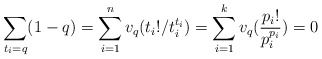
\begin{align*}\sum_{t_i=q} (1-q) = \sum_{i=1}^n v_q(t_i!/t_i^{t_i}) = \sum_{i=1}^k v_q(\frac{p_i!}{p_i^{p_i}}) = 0\end{align*}